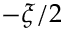
- \xi / 2